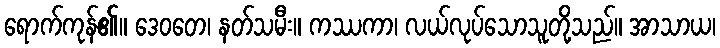
ရောက်ကုန်၏။ ဒေဝတေ၊ နတ်သမီး။ ကဿကာ၊ လယ်လုပ်သောသူတို့သည်။ အာသာယ၊